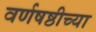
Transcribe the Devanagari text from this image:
वर्णषष्ठीच्या